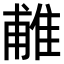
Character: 𨿌